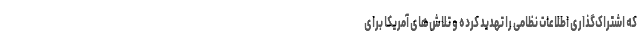
که اشتراک‌گذاری اطلاعات نظامی را تهدید کرده و تلاش‌های آمریکا برای